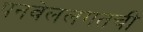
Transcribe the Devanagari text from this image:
पनवेललगतची